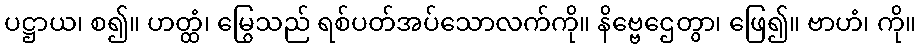
ပဋ္ဌာယ၊ စ၍။ ဟတ္ထံ၊ မြွေသည် ရစ်ပတ်အပ်သောလက်ကို။ နိဗ္ဗေဌေတွာ၊ ဖြေ၍။ ဗာဟံ၊ ကို။